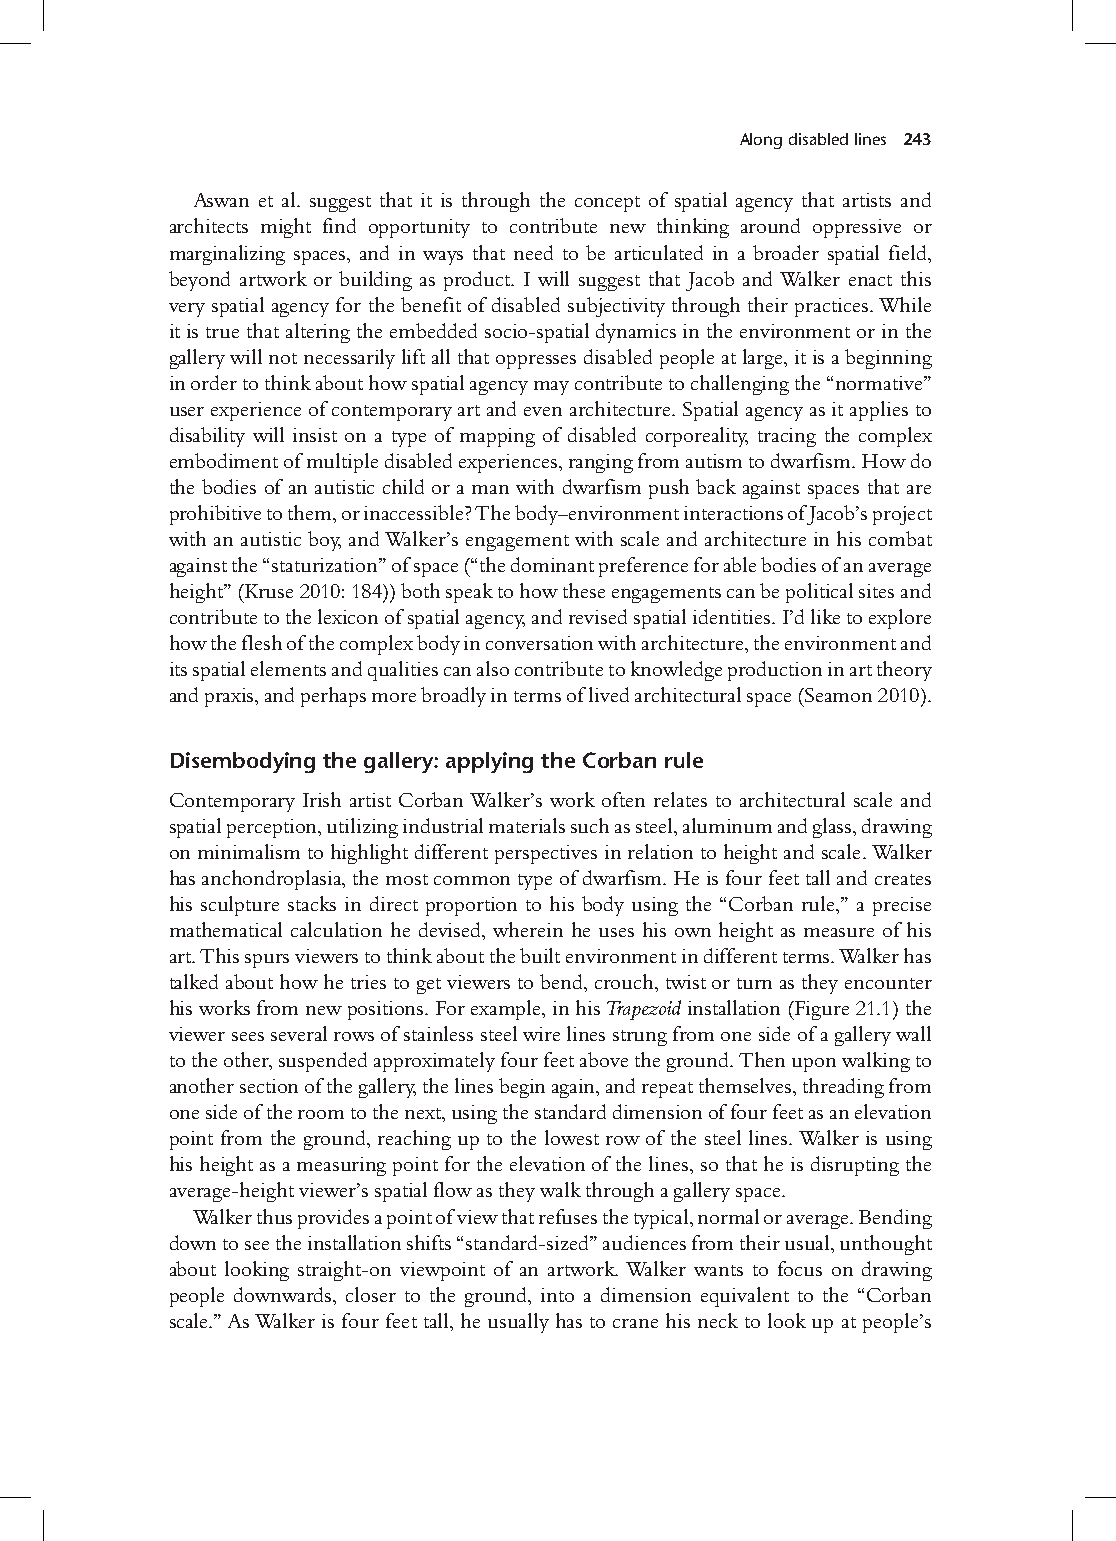
Along disabled lines 243
 Aswan et al. suggest that it is through the concept of spatial agency that artists and
 architects might find opportunity to contribute new thinking around oppressive or
 marginalizing spaces, and in ways that need to be articulated in a broader spatial field,
 beyond artwork or building as product. I will suggest that Jacob and Walker enact this
 very spatial agency for the benefit of disabled subjectivity through their practices. While
 it is true that altering the embedded socio-spatial dynamics in the environment or in the
 gallery will not necessarily lift all that oppresses disabled people at large, it is a beginning
 in order to think about how spatial agency may contribute to challenging the “normative”
 user experience of contemporary art and even architecture. Spatial agency as it applies to
 disability will insist on a type of mapping of disabled corporeality, tracing the complex
 embodiment of multiple disabled experiences, ranging from autism to dwarfism. How do
 the bodies of an autistic child or a man with dwarfism push back against spaces that are
 prohibitive to them, or inaccessible? The body–environment interactions of Jacob’s project
 with an autistic boy, and Walker’s engagement with scale and architecture in his combat
 against the “staturization” of space (“the dominant preference for able bodies of an average
 height” (kruse 2010: 184)) both speak to how these engagements can be political sites and
 contribute to the lexicon of spatial agency, and revised spatial identities. I’d like to explore
 how the flesh of the complex body in conversation with architecture, the environment and
 its spatial elements and qualities can also contribute to knowledge production in art theory
 and praxis, and perhaps more broadly in terms of lived architectural space (Seamon 2010).
 Disembodying the gallery: applying the corban rule
 Contemporary Irish artist Corban Walker’s work often relates to architectural scale and
 spatial perception, utilizing industrial materials such as steel, aluminum and glass, drawing
 on minimalism to highlight different perspectives in relation to height and scale. Walker
 has anchondroplasia, the most common type of dwarfism. He is four feet tall and creates
 his sculpture stacks in direct proportion to his body using the “Corban rule,” a precise
 mathematical calculation he devised, wherein he uses his own height as measure of his
 art. This spurs viewers to think about the built environment in different terms. Walker has
 talked about how he tries to get viewers to bend, crouch, twist or turn as they encounter
 his works from new positions. For example, in his Trapezoid installation (Figure 21.1) the
 viewer sees several rows of stainless steel wire lines strung from one side of a gallery wall
 to the other, suspended approximately four feet above the ground. Then upon walking to
 another section of the gallery, the lines begin again, and repeat themselves, threading from
 one side of the room to the next, using the standard dimension of four feet as an elevation
 point from the ground, reaching up to the lowest row of the steel lines. Walker is using
 his height as a measuring point for the elevation of the lines, so that he is disrupting the
 average-height viewer’s spatial flow as they walk through a gallery space.
 Walker thus provides a point of view that refuses the typical, normal or average. Bending
 down to see the installation shifts “standard-sized” audiences from their usual, unthought
 about looking straight-on viewpoint of an artwork. Walker wants to focus on drawing
 people downwards, closer to the ground, into a dimension equivalent to the “Corban
 scale.” As Walker is four feet tall, he usually has to crane his neck to look up at people’s